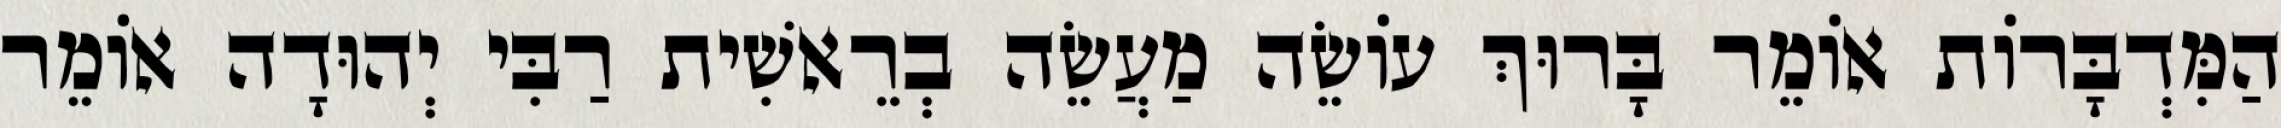
הַמִּדְבָּרוֹת אוֹמֵר בָּרוּךְ עוֹשֵׂה מַעֲשֵׂה בְרֵאשִׁית רַבִּי יְהוּדָה אוֹמֵר